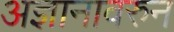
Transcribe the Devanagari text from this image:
अज्ञानावरुन